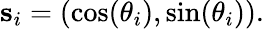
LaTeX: {\mathbf s_{i}}=(\cos(\theta_{i}),\sin(\theta_{i})).